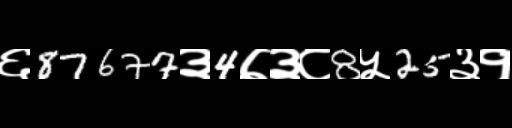
Text: ६87677३4७३८8५25३१